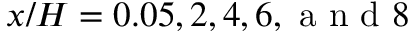
x / H = 0 . 0 5 , 2 , 4 , 6 , \mathrm { ~ a ~ n ~ d ~ } 8